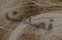
قصدت